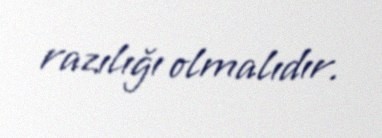
razılığı olmalıdır.